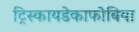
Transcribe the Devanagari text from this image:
ट्रिस्कायडेकाफोबिया